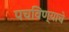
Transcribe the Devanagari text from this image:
पचविण्याचे